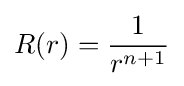
R(r)={\frac {1}{r^{n+1}}}